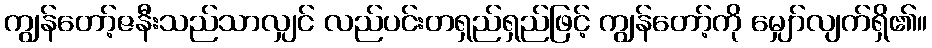
ကျွန်တော့်ဇနီးသည်သာလျှင် လည်ပင်းတရှည်ရှည်ဖြင့် ကျွန်တော့်ကို မျှော်လျက်ရှိ၏။